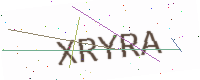
Text: XRYRA